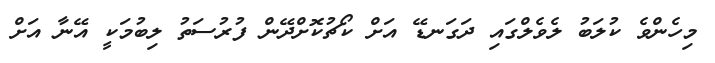
މިހެންވެ ކުލަބު ލެވެލްގައި ދަގަނޑޭ އަށް ކޯޗުކޮށްދޭން ފުރުސަތު ލިބުމަކީ އޭނާ އަށް